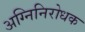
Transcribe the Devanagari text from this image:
अग्निनिरोधक